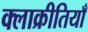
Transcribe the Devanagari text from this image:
क्लाक्रीतियाँ